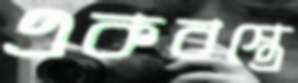
একবস্ত্রে